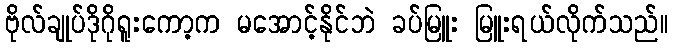
ဗိုလ်ချုပ်ဒိုဂိုရူးကော့က မအောင့်နိုင်ဘဲ ခပ်မြူး မြူးရယ်လိုက်သည်။